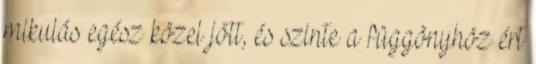
mikulás egész közel jött, és szinte a függönyhöz ért